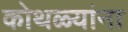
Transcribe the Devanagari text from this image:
कोथळ्यांना